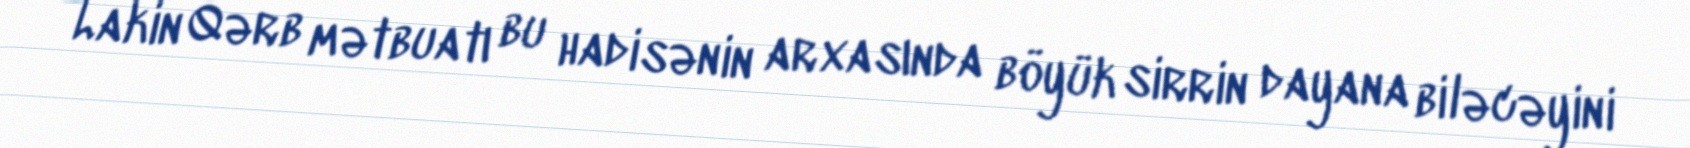
Lakin Qərb mətbuatı bu hadisənin arxasında böyük sirrin dayana biləcəyini